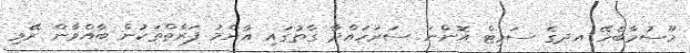
މޫސުމާބެހޭ އދގެ ސަމިޓް އޮންނަ ސަރަހައްދާ ގާތުގައި އާންމު ފަރާތްތަކުން ބާއްވާން ރޭވި